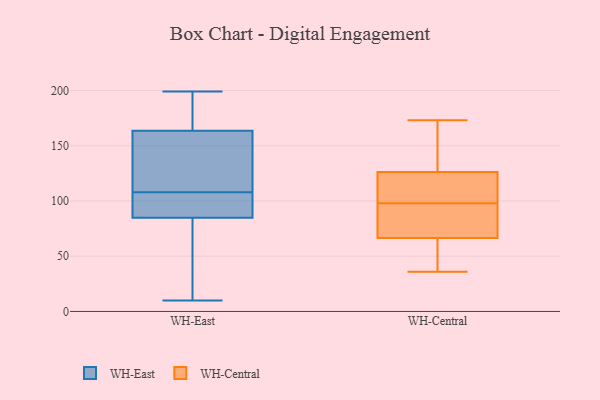
{"axis": {"x": "Latency (ms)", "y": "Value"}, "legend": ["WH-Central", "WH-East"], "data": [{"x": "", "y": 10, "type": "WH-East"}, {"x": "", "y": 93, "type": "WH-East"}, {"x": "", "y": 192, "type": "WH-East"}, {"x": "", "y": 94, "type": "WH-East"}, {"x": "", "y": 123, "type": "WH-East"}, {"x": "", "y": 169, "type": "WH-East"}, {"x": "", "y": 164, "type": "WH-East"}, {"x": "", "y": 101, "type": "WH-East"}, {"x": "", "y": 132, "type": "WH-East"}, {"x": "", "y": 199, "type": "WH-East"}, {"x": "", "y": 175, "type": "WH-East"}, {"x": "", "y": 27, "type": "WH-East"}, {"x": "", "y": 114, "type": "WH-East"}, {"x": "", "y": 82, "type": "WH-East"}, {"x": "", "y": 44, "type": "WH-East"}, {"x": "", "y": 54, "type": "WH-East"}, {"x": "", "y": 162, "type": "WH-East"}, {"x": "", "y": 108, "type": "WH-East"}, {"x": "", "y": 97, "type": "WH-East"}, {"x": "", "y": 71, "type": "WH-Central"}, {"x": "", "y": 94, "type": "WH-Central"}, {"x": "", "y": 140, "type": "WH-Central"}, {"x": "", "y": 153, "type": "WH-Central"}, {"x": "", "y": 98, "type": "WH-Central"}, {"x": "", "y": 173, "type": "WH-Central"}, {"x": "", "y": 153, "type": "WH-Central"}, {"x": "", "y": 39, "type": "WH-Central"}, {"x": "", "y": 36, "type": "WH-Central"}, {"x": "", "y": 76, "type": "WH-Central"}, {"x": "", "y": 65, "type": "WH-Central"}, {"x": "", "y": 60, "type": "WH-Central"}, {"x": "", "y": 121, "type": "WH-Central"}, {"x": "", "y": 105, "type": "WH-Central"}, {"x": "", "y": 77, "type": "WH-Central"}, {"x": "", "y": 109, "type": "WH-Central"}, {"x": "", "y": 128, "type": "WH-Central"}, {"x": "", "y": 62, "type": "WH-Central"}, {"x": "", "y": 105, "type": "WH-Central"}]}